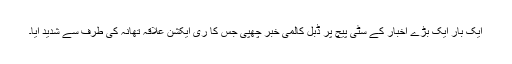
ایک بار ایک بڑے اخبار کے سٹی پیچ پر ڈبل کالمی خبر چھپی جس کا ری ایکشن علاقہ تھانہ کی طرف سے شدید آیا۔